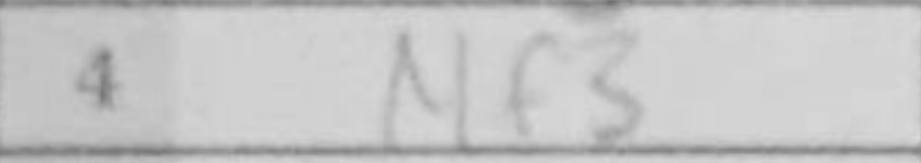
Transcription: Nf3